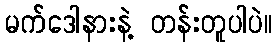
မက်ဒေါနားနဲ့ တန်းတူပါပဲ။